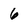
Character: 6